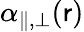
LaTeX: \alpha_{\parallel,\bot}(\mathsf{r})